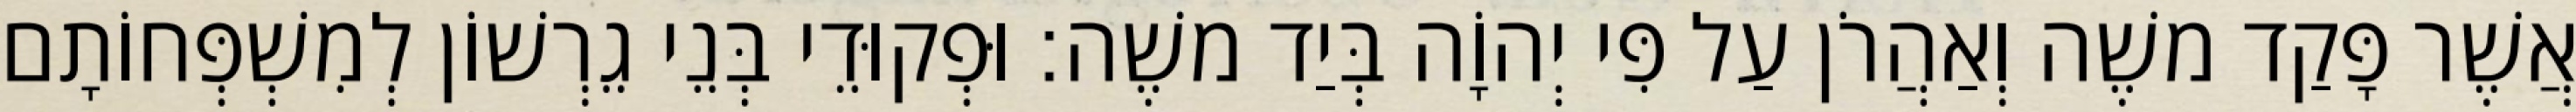
אֲשֶׁר פָּקַד משֶׁה וְאַהֲרֹן עַל פִּי יְהוָֹה בְּיַד משֶׁה׃ וּפְקוּדֵי בְּנֵי גֵרְשׁוֹן לְמִשְׁפְּחוֹתָם